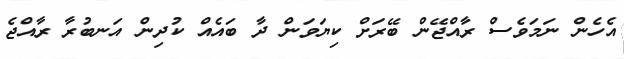
އެހެން ނަމަވެސް ރާއްޖޭން ބޭރަށް ކިޔަވަން ދާ ބައެއް ކުދިން އަނބުރާ ރާއްޖެ